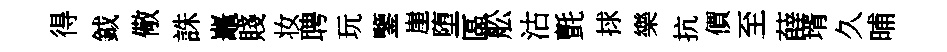
得鉞儆誅鼉賤妆聘玩鑒崖堕區舩沽氈捄樂抗價至薛壻久晡